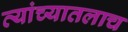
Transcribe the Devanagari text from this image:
त्यांच्यातलाच